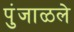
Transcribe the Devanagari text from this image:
पुंजाळले